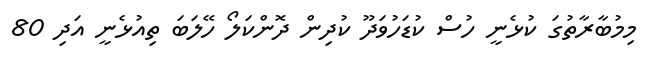
މިމުބާރާތުގަ ކުޅެނީ ހުސް ކުޑަހުވަދޫ ކުދިން ދޮންކަލޯ ހޭލަބަ ތިއުޅެނީ އަދި 80